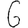
Digit: 6